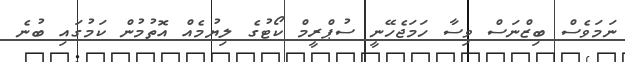
ނަމަވެސް ބިޒްނަސް ވިސާ ހަމަޖެހޭނީ ސުޕްރީމް ކޯޓުގެ ލިޔުމެއް އޮތުމުން ކަމުގައި ބުނެ